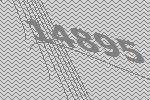
14895